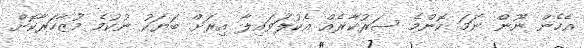
އެހެން ނޫން ނަމަ ކޮންމެ ސަރުކާރެއް އެކުލަވައިލާ އިރަށް ބަޔަކު ނުކުމެ މުޒާހަރާކޮށް